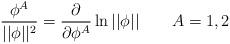
LaTeX: \begin{align*}\frac{\phi ^A}{||\phi ||^2}=\frac \partial {\partial \phi ^A}\ln ||\phi||\quad \quad A=1,2\end{align*}